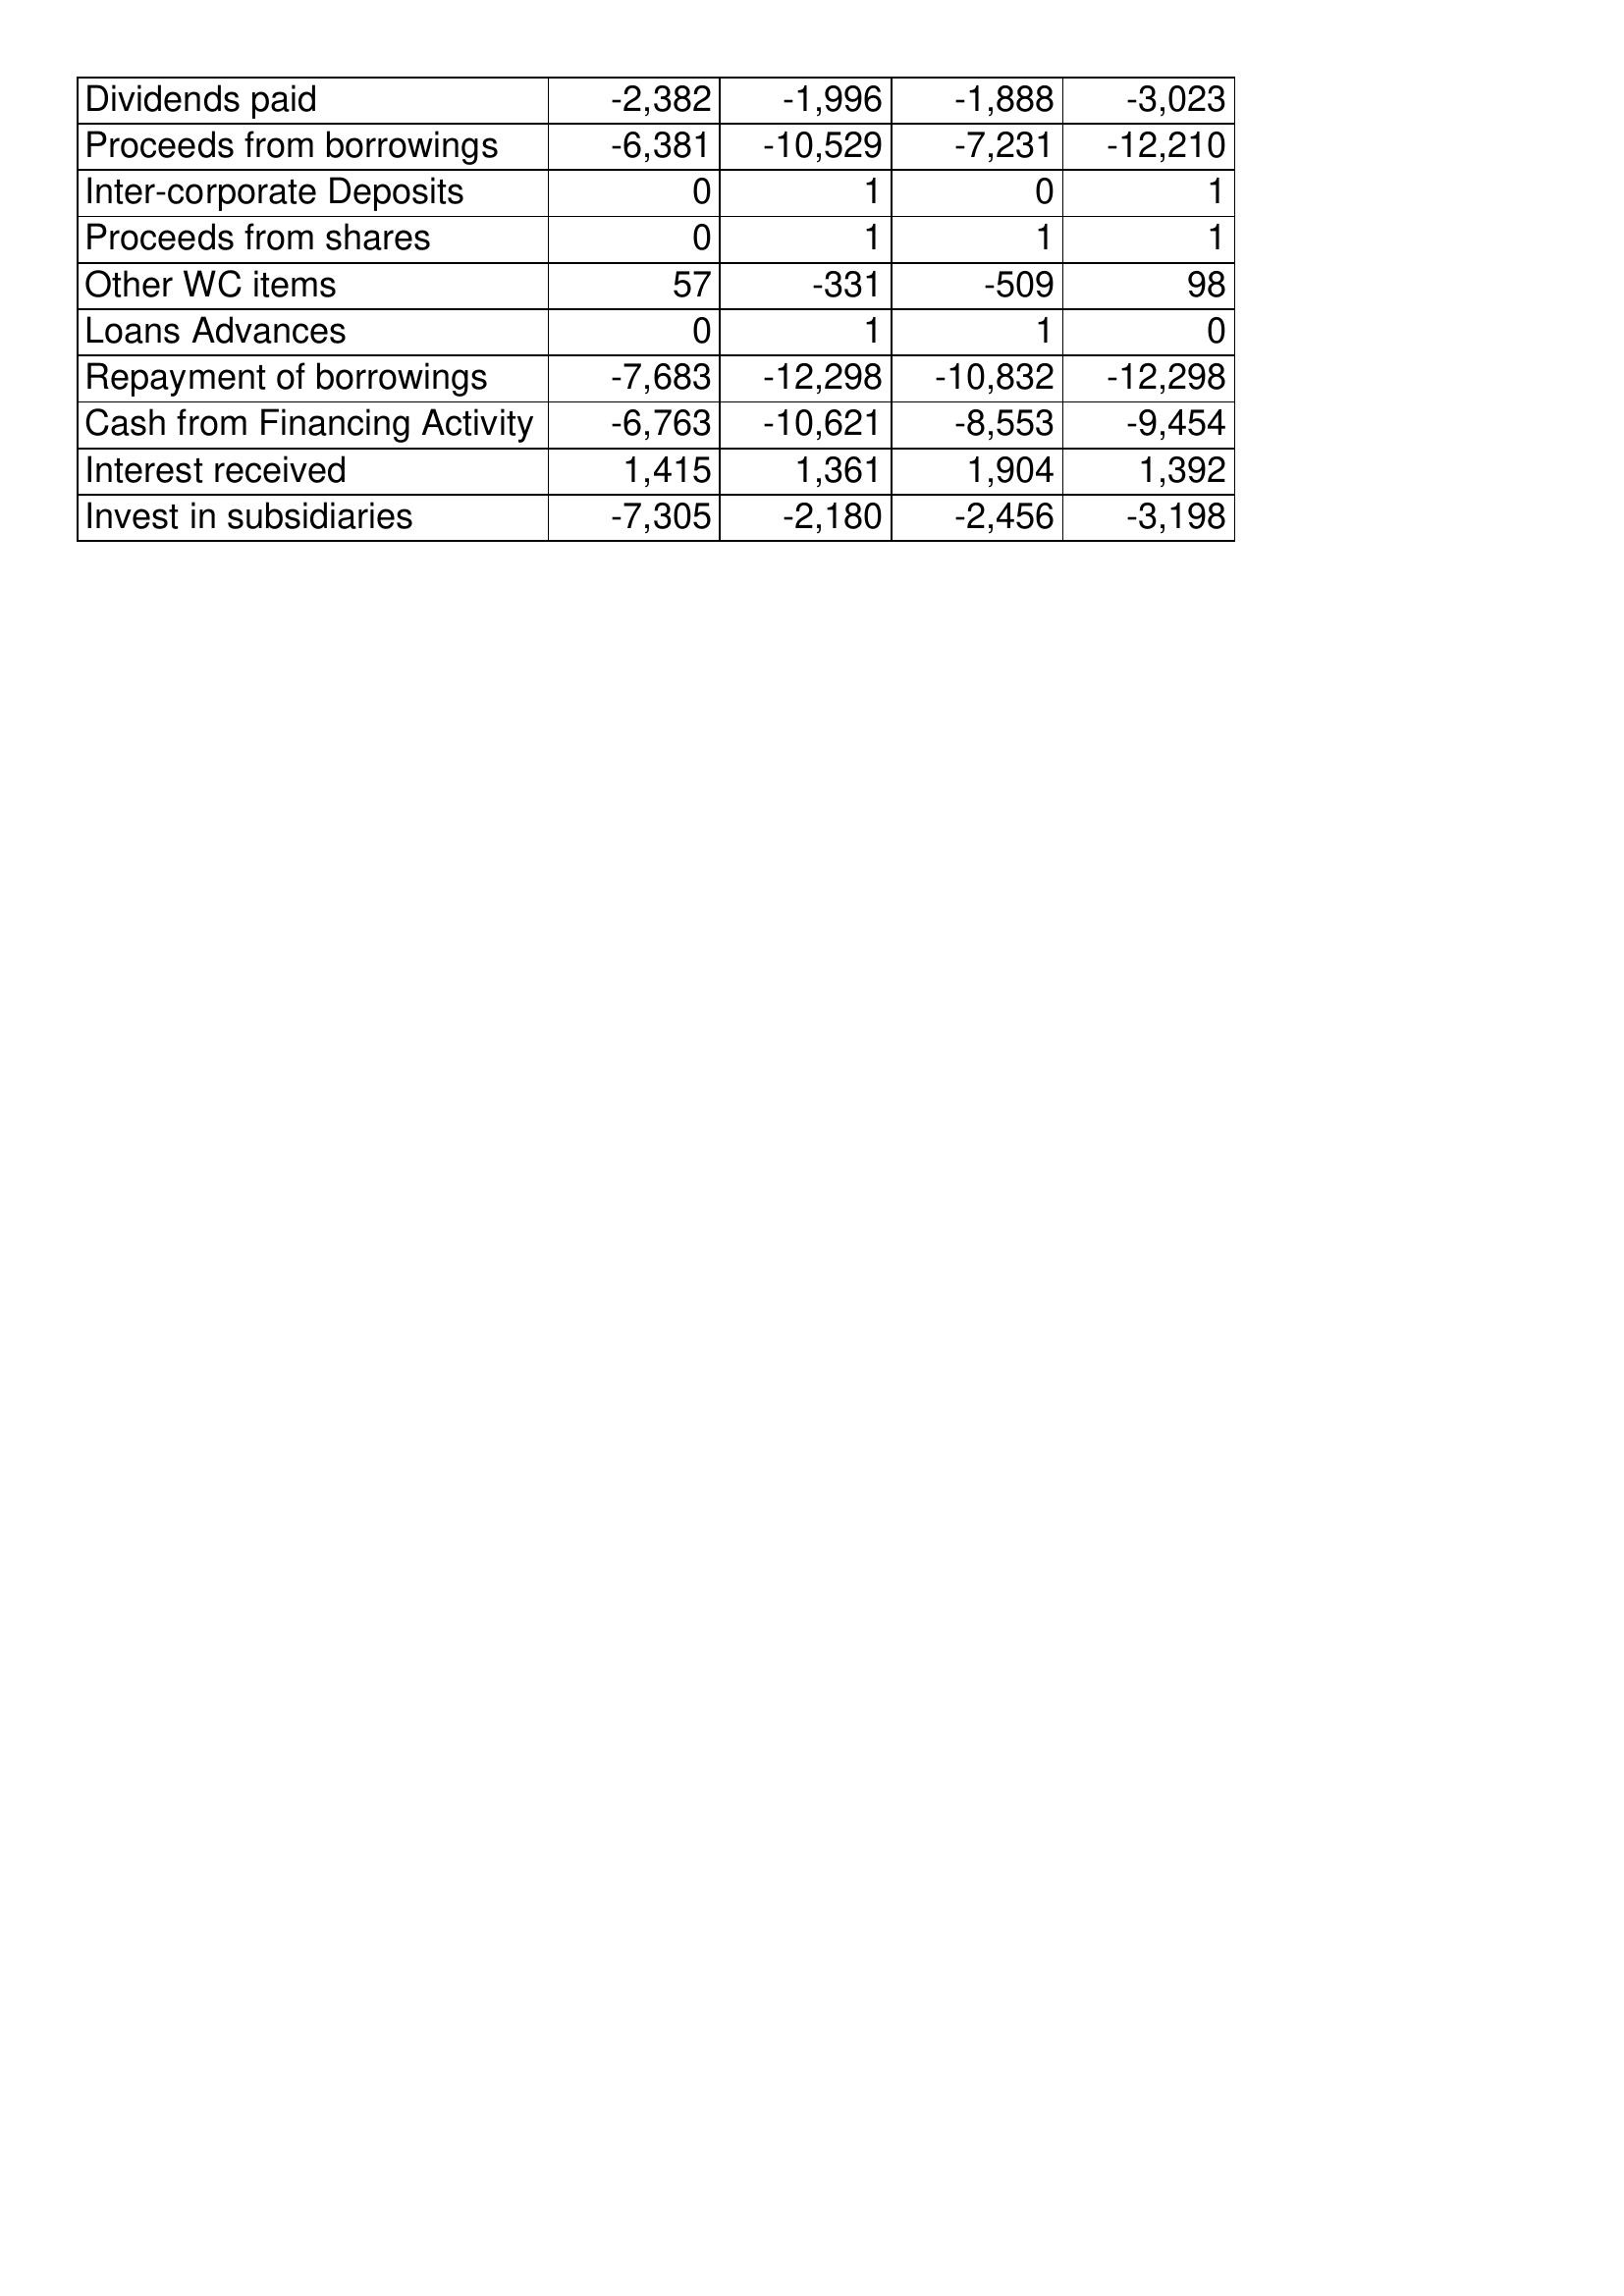
Apr-20: Cash Flows: Dividends paid: -2,382
Proceeds from borrowings: -6,381
Inter-corporate Deposits: 0
Proceeds from shares: 0
Other WC items: 57
Loans Advances: 0
Repayment of borrowings: -7,683
Cash from Financing Activity: -6,763
Interest received: 1,415
Invest in subsidiaries: -7,305
Apr-19: Cash Flows: Dividends paid: -1,996
Proceeds from borrowings: -10,529
Inter-corporate Deposits: 1
Proceeds from shares: 1
Other WC items: -331
Loans Advances: 1
Repayment of borrowings: -12,298
Cash from Financing Activity: -10,621
Interest received: 1,361
Invest in subsidiaries: -2,180
Apr-18: Cash Flows: Dividends paid: -1,888
Proceeds from borrowings: -7,231
Inter-corporate Deposits: 0
Proceeds from shares: 1
Other WC items: -509
Loans Advances: 1
Repayment of borrowings: -10,832
Cash from Financing Activity: -8,553
Interest received: 1,904
Invest in subsidiaries: -2,456
Apr-17: Cash Flows: Dividends paid: -3,023
Proceeds from borrowings: -12,210
Inter-corporate Deposits: 1
Proceeds from shares: 1
Other WC items: 98
Loans Advances: 0
Repayment of borrowings: -12,298
Cash from Financing Activity: -9,454
Interest received: 1,392
Invest in subsidiaries: -3,198